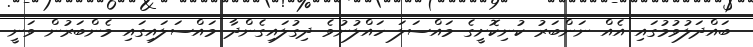
ބައްދަލުވުމުގައި އެއް ނަންބަރު ކުނިކޮށީގެ މައްސަލަ ހައްލުނުވެ ދިގުލައިގެންދާ މައްސަލައިގައި މެންބަރުން ވަނީ